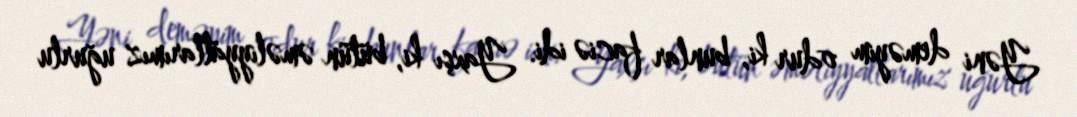
Yəni deməyim odur ki, bunlar faciə idi. Yaxşı ki, bütün əməliyyatlarımız uğurlu